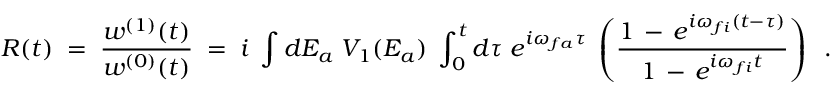
R ( t ) \; = \; \frac { w ^ { ( 1 ) } ( t ) } { w ^ { ( 0 ) } ( t ) } \; = \; i \; \int d E _ { a } \; V _ { 1 } ( E _ { a } ) \; \int _ { 0 } ^ { t } d \tau \; e ^ { i \omega _ { f a } \tau } \; \left( \frac { 1 \, - \, e ^ { i \omega _ { f i } ( t - \tau ) } } { 1 \, - \, e ^ { i \omega _ { f i } t } } \right) \; \; .